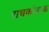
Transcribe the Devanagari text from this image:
राचकोंडाचा